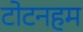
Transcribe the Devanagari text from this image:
टोटनहम